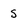
Character: S